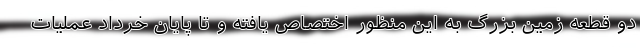
دو قطعه زمین بزرگ به این منظور اختصاص یافته و تا پایان خرداد عملیات